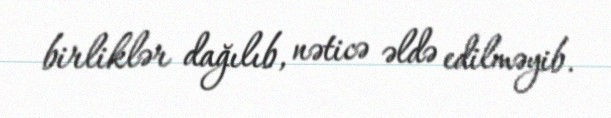
birliklər dağılıb, nəticə əldə edilməyib.